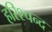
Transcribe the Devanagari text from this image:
हरिश्चन्द